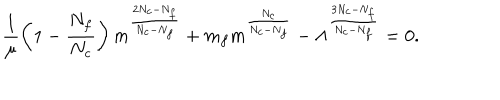
\frac { 1 } { \mu } \left( 1 - \frac { N _ { f } } { N _ { c } } \right) m ^ { \frac { 2 N _ { c } - N _ { f } } { N _ { c } - N _ { f } } } + m _ { f } m ^ { \frac { N _ { c } } { N _ { c } - N _ { f } } } - \Lambda ^ { \frac { 3 N _ { c } - N _ { f } } { N _ { c } - N _ { f } } } = 0 .